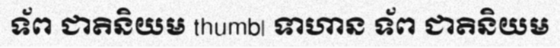
ទ័ព ជាតិនិយម thumb| ទាហាន ទ័ព ជាតិនិយម